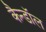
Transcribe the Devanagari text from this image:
कैन्डॉल